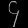
Digit: ၄